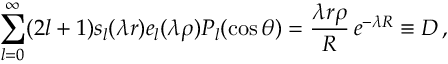
\sum _ { l = 0 } ^ { \infty } ( 2 l + 1 ) s _ { l } ( \lambda r ) e _ { l } ( \lambda \rho ) P _ { l } ( \cos \theta ) = \frac { \lambda r \rho } { R } \, e ^ { - \lambda R } \equiv { \cal D } \, ,